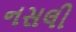
નસલી